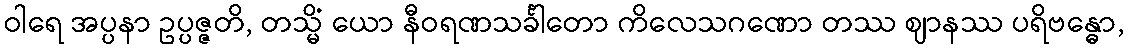
ဝါရေ အပ္ပနာ ဥပ္ပဇ္ဇတိ, တသ္မိံ ယော နီဝရဏသင်္ခါတော ကိလေသဂဏော တဿ ဈာနဿ ပရိဗန္ဓော,